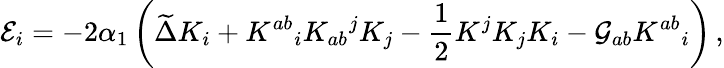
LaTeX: {\cal E}_{i}=-2\alpha_{1}\left(\widetilde{\Delta}K_{i}+K^{ab}{}_{i}K_{ab}{}^{j}K_{j}-{\frac{1}{2}}K^{j}K_{j}K_{i}-{\cal G}_{ab}K^{ab}{}_{i}\right)\, ,